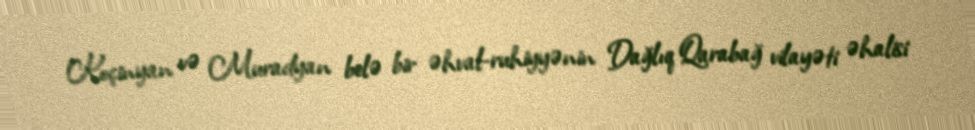
Koçinyan və Muradyan belə bir əhval-ruhiyyənin Dağlıq Qarabağ vilayəti əhalisi